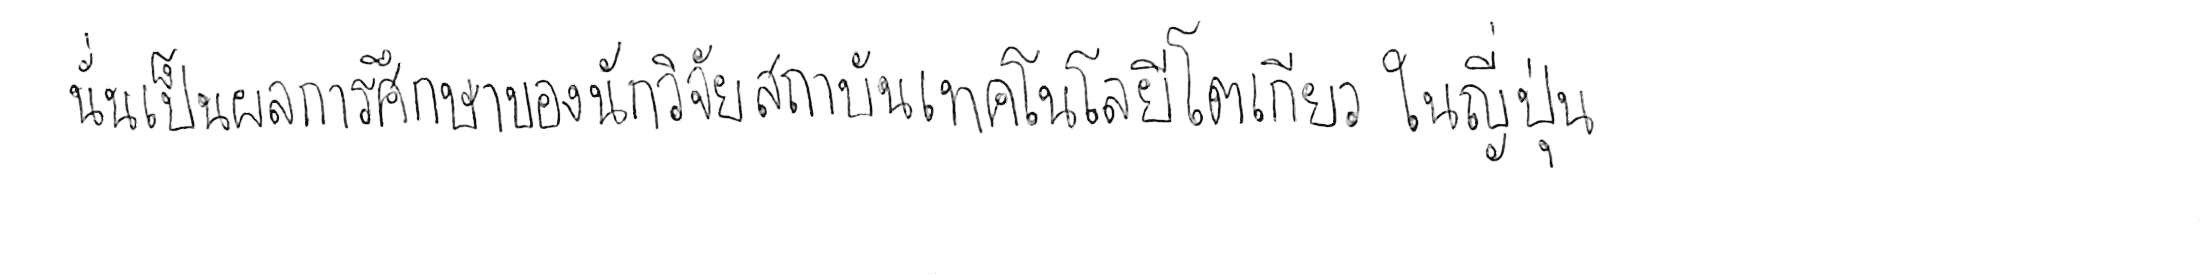
นั่นเป็นผลการศึกษาของนักวิจัยสถาบันเทคโนโลยีโตเกียว ในญี่ปุ่น